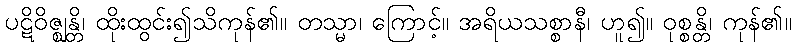
ပဋိဝိဇ္ဈန္တိ၊ ထိုးထွင်း၍သိကုန်၏။ တသ္မာ၊ ကြောင့်။ အရိယသစ္စာနီ၊ ဟူ၍။ ဝုစ္စန္တိ၊ ကုန်၏။